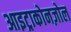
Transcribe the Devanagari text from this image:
आइट्राकोनज़ोल